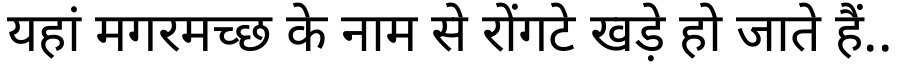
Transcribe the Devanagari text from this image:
यहां मगरमच्छ के नाम से रोंगटे खड़े हो जाते हैं..